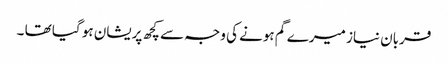
قربان نیاز میرے گم ہونے کی وجہ سے کچھ پریشان ہو گیا تھا ۔